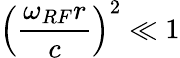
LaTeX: \left(\frac{\omega_{RF}r}{c}\right)^{2}\ll 1